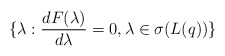
\begin{align*}\{\lambda:\frac{dF(\lambda)}{d\lambda}=0,\lambda\in\sigma(L(q))\}\end{align*}